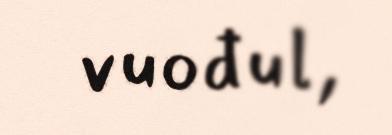
vuođul,